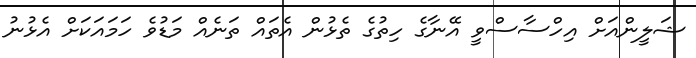
ޝަލީންއަށް އިހްސާސްވީ އޭނާގެ ހިތުގެ ތެޅުން އެތައް ތަނެއް މަޑުވެ ހަމައަކަށް އެޅުނު